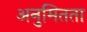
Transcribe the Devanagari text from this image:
अनुमितता